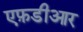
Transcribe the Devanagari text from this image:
एफ़डीआर